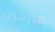
هاركين